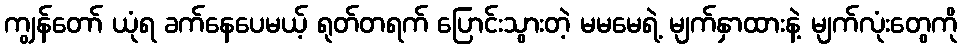
ကျွန်တော် ယုံရ ခက်နေပေမယ့် ရုတ်တရက် ပြောင်းသွားတဲ့ မမမေရဲ့ မျက်နှာထားနဲ့ မျက်လုံးတွေကို